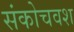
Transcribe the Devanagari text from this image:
संकोचवश